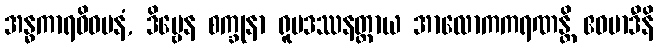
အန္ဓကာရဝိဓမနံ, ဒိဗ္ဗေန စက္ခုနာ ရူပဒဿနတ္ထာယ အာလောကကရဏန္တိ ဧဝမာဒီနိ